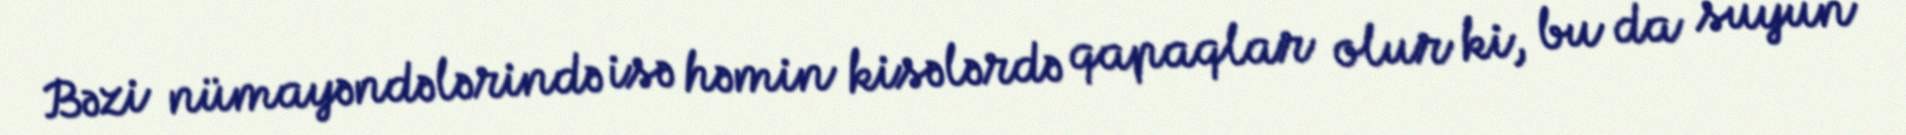
Bəzi nümayəndələrində isə həmin kisələrdə qapaqlar olur ki, bu da suyun